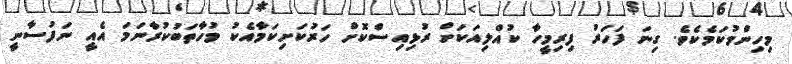
މިހިންމުކަމެކެވެ. ގިނަ ފަހަރު ފިރިމީހާ ކުއްލިއަކަށް ރުޅިއިސްކޮށް ހަރުކަށިކަމާއެކު މުހާތަބުކުރާނަމަ އެއީ ނަފުސާނީ